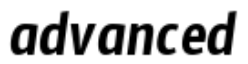
advanced